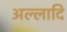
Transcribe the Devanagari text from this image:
अल्लादि